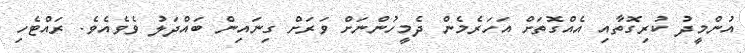
އުންމީދު ކުރިގޮތާއި އެއްގޮތަށް އަހަރެމެން ދެމީހުންނަށް ވަރަށް ގިނައިން ބައްދަލު ވެވެއެވެ. ރައްޓެހި